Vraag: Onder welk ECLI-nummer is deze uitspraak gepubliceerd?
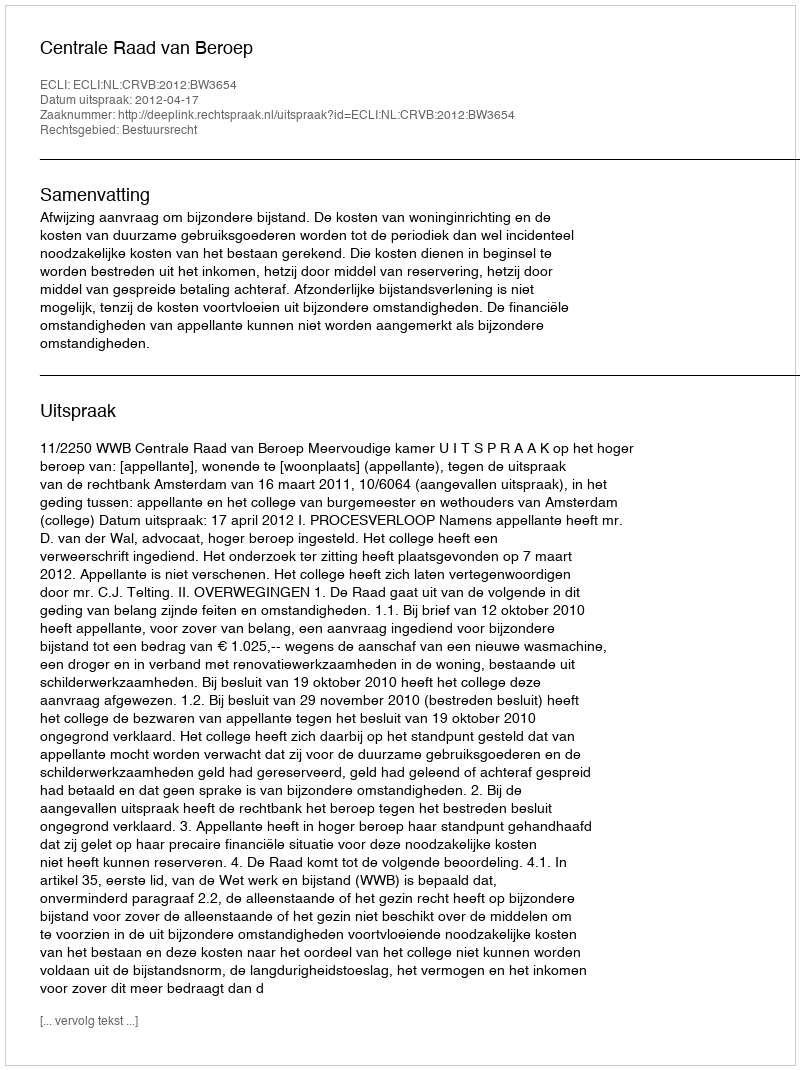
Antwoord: ECLI:NL:CRVB:2012:BW3654